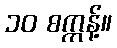
၁၀ စက္ကန့်။